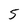
Character: 5